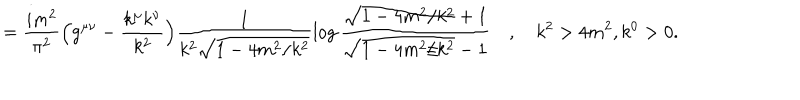
= \frac { i m ^ { 2 } } { \pi ^ { 2 } } \Bigl ( g ^ { \mu \nu } - \frac { k ^ { \mu } k ^ { \nu } } { k ^ { 2 } } \Bigr ) \frac { 1 } { k ^ { 2 } \sqrt { 1 - 4 m ^ { 2 } / k ^ { 2 } } } \log \frac { \sqrt { 1 - 4 m ^ { 2 } / k ^ { 2 } } + 1 } { \sqrt { 1 - 4 m ^ { 2 } / k ^ { 2 } } - 1 } \quad , \quad k ^ { 2 } > 4 m ^ { 2 } , k ^ { 0 } > 0 .